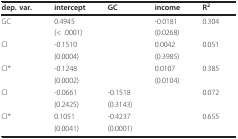
<table><thead><tr><td><b>dep. var.</b></td><td><b>intercept</b></td><td><b>GC</b></td><td><b>income</b></td><td><b>R<sup>2</sup></b></td></tr></thead><tbody><tr><td>GC</td><td>0.4945</td><td>[EMPTY_CELL]</td><td>-0.0181</td><td>0.304</td></tr><tr><td>[EMPTY_CELL]</td><td>(&lt; .0001)</td><td>[EMPTY_CELL]</td><td>(0.0268)</td><td>[EMPTY_CELL]</td></tr><tr><td>CI</td><td>-0.1510</td><td>[EMPTY_CELL]</td><td>0.0042</td><td>0.051</td></tr><tr><td>[EMPTY_CELL]</td><td>(0.0004)</td><td>[EMPTY_CELL]</td><td>(0.3985)</td><td>[EMPTY_CELL]</td></tr><tr><td>CI*</td><td>-0.1248</td><td>[EMPTY_CELL]</td><td>0.0107</td><td>0.385</td></tr><tr><td>[EMPTY_CELL]</td><td>(0.0002)</td><td>[EMPTY_CELL]</td><td>(0.0104)</td><td>[EMPTY_CELL]</td></tr><tr><td>CI</td><td>-0.0661</td><td>-0.1518</td><td>[EMPTY_CELL]</td><td>0.072</td></tr><tr><td>[EMPTY_CELL]</td><td>(0.2425)</td><td>(0.3143)</td><td>[EMPTY_CELL]</td><td>[EMPTY_CELL]</td></tr><tr><td>CI*</td><td>0.1051</td><td>-0.4237</td><td>[EMPTY_CELL]</td><td>0.655</td></tr><tr><td>[EMPTY_CELL]</td><td>(0.0041)</td><td>(0.0001)</td><td>[EMPTY_CELL]</td><td>[EMPTY_CELL]</td></tr></tbody></table>